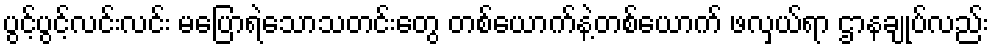
ပွင့်ပွင့်လင်းလင်း မပြောရဲသောသတင်းတွေ တစ်ယောက်နဲ့တစ်ယောက် ဖလှယ်ရာ ဌာနချုပ်လည်း